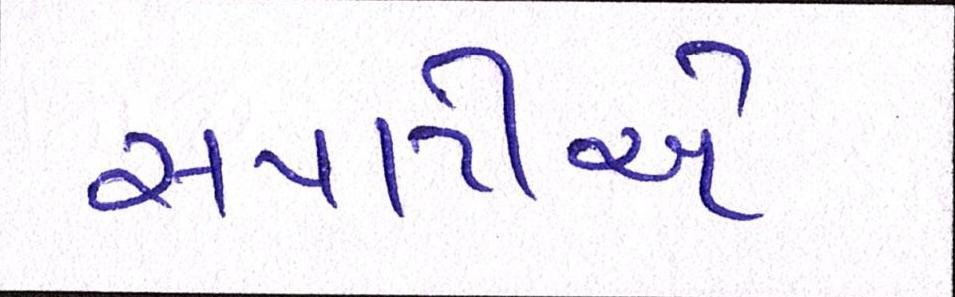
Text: સપાટીએ